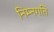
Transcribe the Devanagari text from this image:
निम्नगति